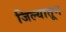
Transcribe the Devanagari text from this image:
जिल्यातून